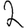
Digit: 2